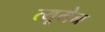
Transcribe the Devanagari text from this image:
त्यूमेन